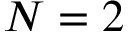
N = 2